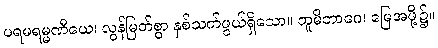
ပရမရမ္မဏီယေ၊ လွန်မြတ်စွာ နှစ်သက်ဖွယ်ရှိသော။ ဘူမိဘာဂေ၊ မြေအဖို့၌။